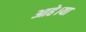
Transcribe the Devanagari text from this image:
आहे।या